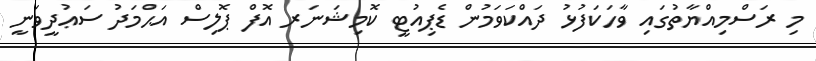
މި ރަސްމިއްޔާތުުގައި ވާހަކަފުޅު ދައްކަވަމުން ޑެޕިއުޓީ ކޮމިޝަނަރ އޮފް ޕޮލިސް އަޙްމަދު ސަޢުދީވަނީ